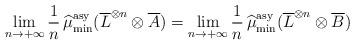
LaTeX: \begin{align*}\lim_{n\rightarrow+\infty}\frac{1}{n}\operatorname{\widehat{\mu}_{\min}^{\mathrm{asy}}}(\overline L^{\otimes n}\otimes\overline A)=\lim_{n\rightarrow+\infty}\frac{1}{n}\operatorname{\widehat{\mu}_{\min}^{\mathrm{asy}}}(\overline L^{\otimes n}\otimes\overline B)\end{align*}